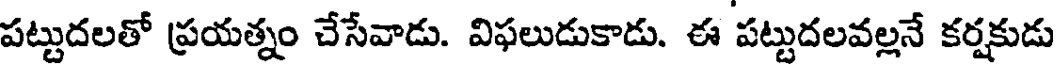
పట్టుదలతో ప్రయత్నం చేసేవాడు. విఫలుడుకాడు. ఈ పట్టుదలవల్లనే కర్షకుడు